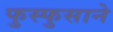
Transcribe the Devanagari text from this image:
फुस्फुसाने